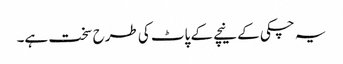
یہ چکی کے نیچے کے پاٹ کی طرح سخت ہے۔